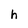
Character: h